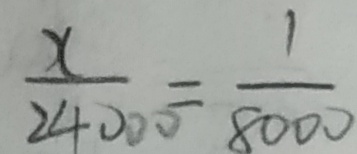
\frac { x } { 2 4 0 0 0 } = \frac { 1 } { 8 0 0 0 }